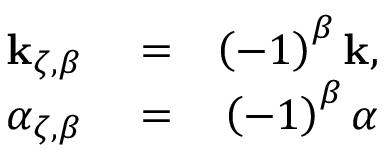
\begin{array} { r l r } { \mathbf { k } _ { \zeta , \beta } } & { { } = } & { \left( - 1 \right) ^ { \beta } \mathbf { k } , } \\ { \alpha _ { \zeta , \beta } } & { { } = } & { \left( - 1 \right) ^ { \beta } \alpha } \end{array}